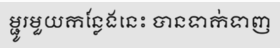
ម្ជូរមួយកន្លែងនេះ បានទាក់ទាញ